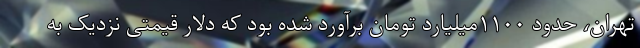
تهران، حدود ۱۱۰۰میلیارد تومان برآورد شده بود که دلار قیمتی نزدیک به